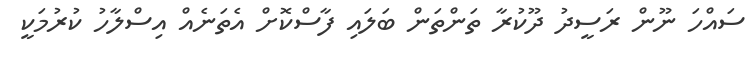
ސައްހަ ނޫން ރަސީދު ދޫކުރާ ތަންތަން ބަލައި ފާސްކޮށް އެތަނެއް އިސްލާހު ކުރުމަކީ